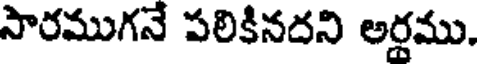
సారముగనే పలికినదని అర్డము.